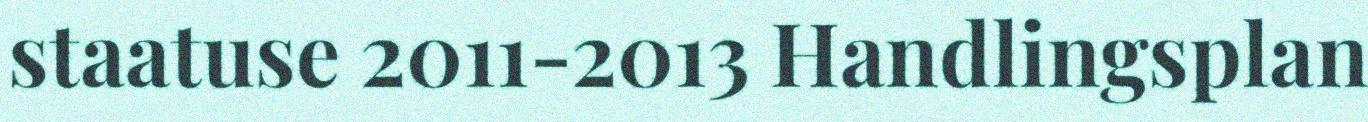
staatuse 2011-2013 Handlingsplan